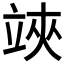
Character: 𥪂